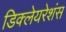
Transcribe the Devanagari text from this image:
डिक्लेयरेशंस